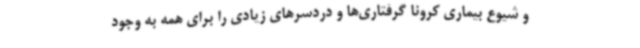
و شیوع بیماری کرونا گرفتاری‌ها و دردسرهای زیادی را برای همه به وجود